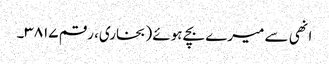
انھی سے میرے بچے ہوئے (بخاری، رقم ۳۸۱۷۔